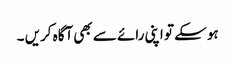
ہو سکے تو اپنی رائے سے بھی آگاہ کریں ۔